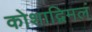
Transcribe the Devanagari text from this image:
कोशाद्विमलं